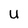
Character: U